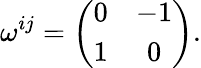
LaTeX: \omega^{ij}=\left(\begin{array}{cc}{{0}}&{{-1}}\\ {{1}}&{{0}}\end{array}\right).